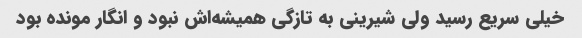
خیلی سریع رسید ولی شیرینی به تازگی همیشه‌اش نبود و انگار مونده بود